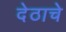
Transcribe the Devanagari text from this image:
देठाचे